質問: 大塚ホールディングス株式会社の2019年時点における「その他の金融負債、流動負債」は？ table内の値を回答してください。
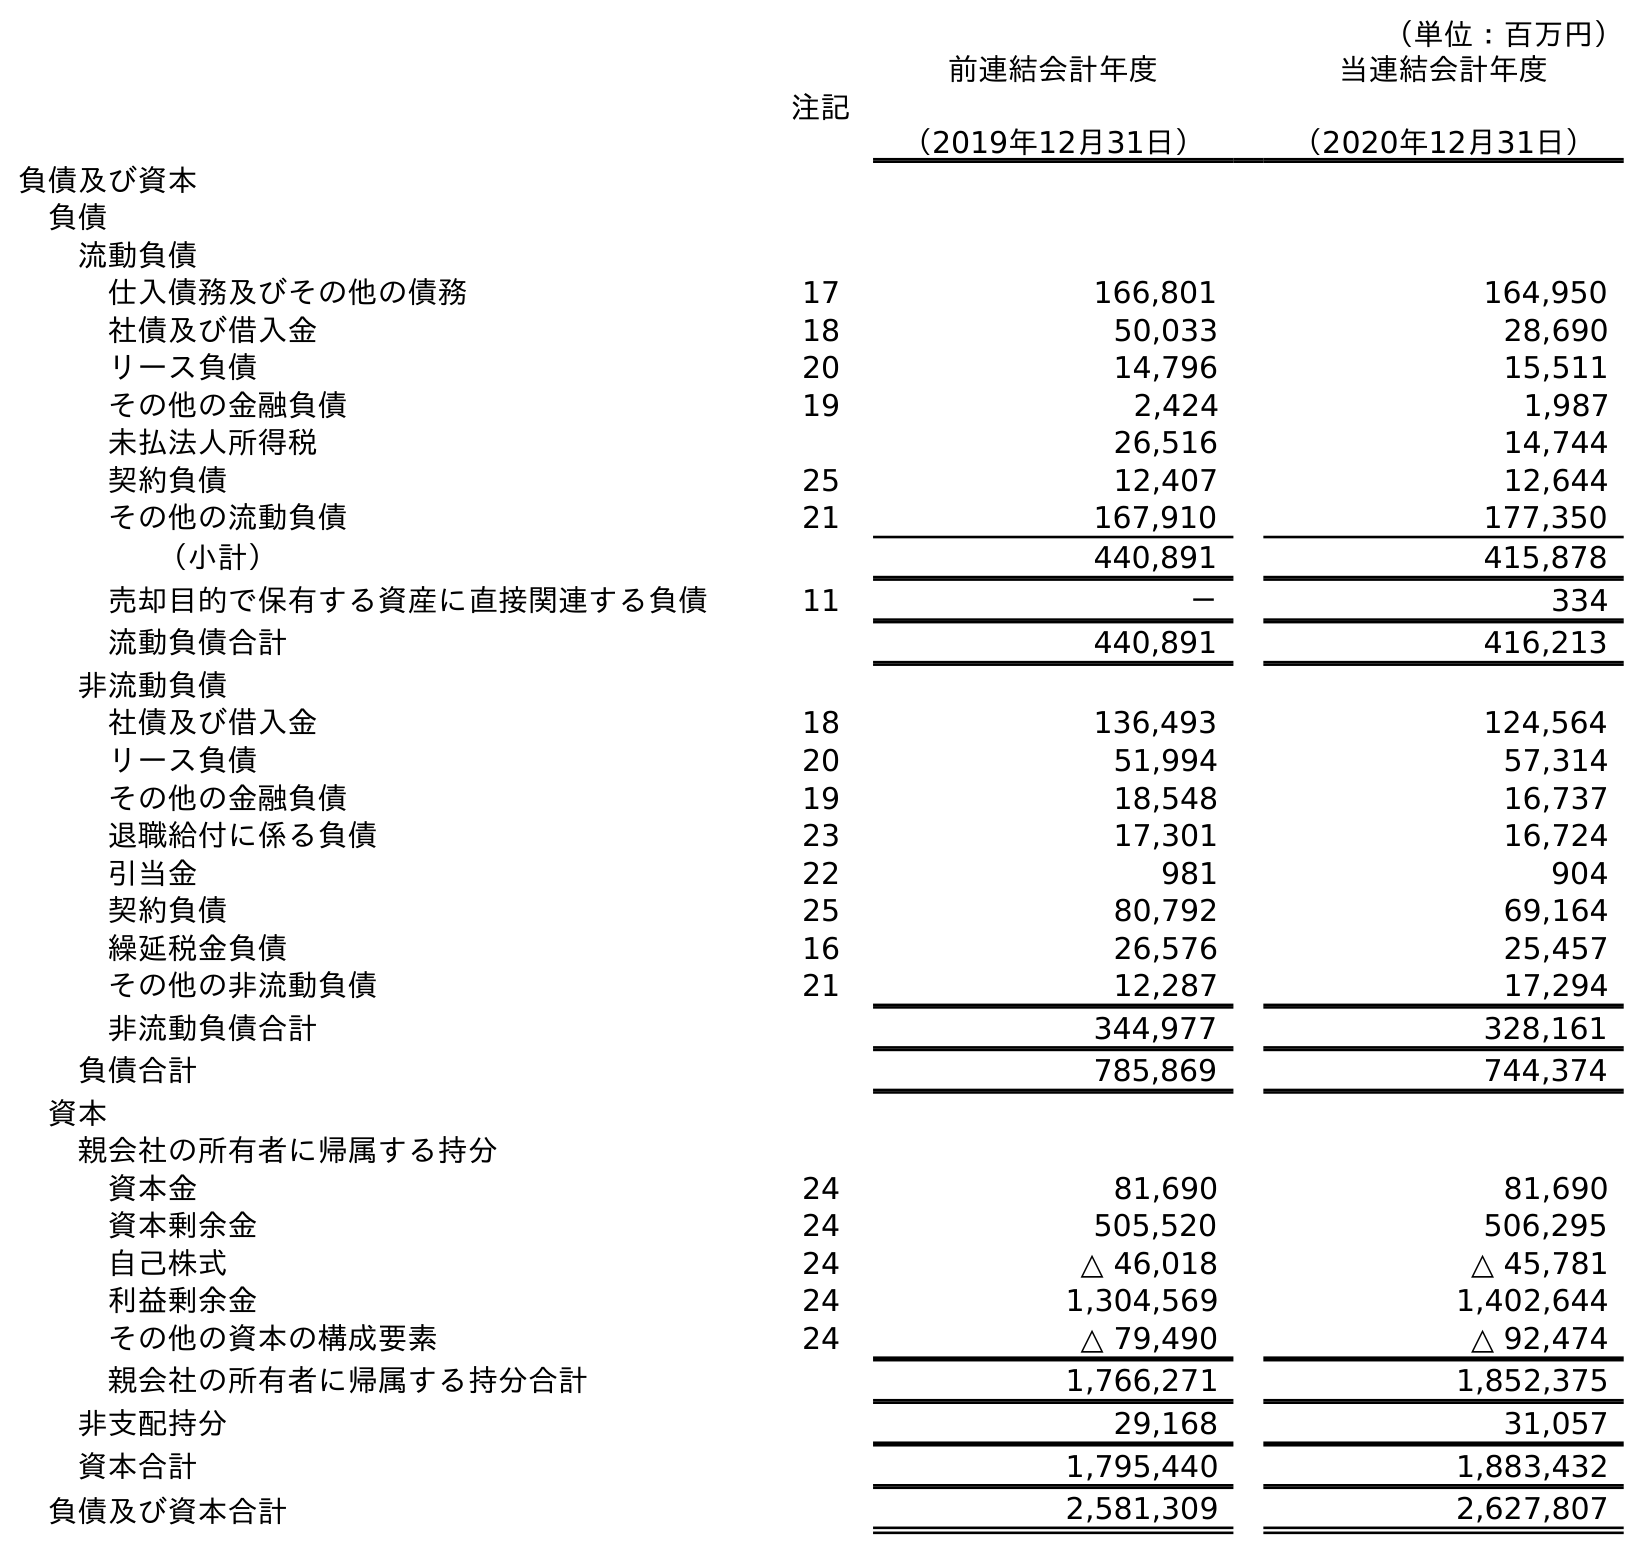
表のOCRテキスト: （単位：百万円） 注記 前連結会計年度 （2019年12月31日） 当連結会計年度 （2020年12月31日） 負債及び資本 負債 流動負債 仕入債務及びその他の債務 17 166,801 164,950 社債及び借入金 18 50,033 28,690 リース負債 20 14,796 15,511 その他の金融負債 19 2,424 1,987 未払法人所得税 26,516 14,744 契約負債 25 12,407 12,644 その他の流動負債 21 167,910 177,350 （小計） 440,891 415,878 売却目的で保有する資産に直接関連する負債 11 － 334 流動負債合計 440,891 416,213 非流動負債 社債及び借入金 18 136,493 124,564 リース負債 20 51,994 57,314 その他の金融負債 19 18,548 16,737 退職給付に係る負債 23 17,301 16,724 引当金 22 981 904 契約負債 25 80,792 69,164 繰延税金負債 16 26,576 25,457 その他の非流動負債 21 12,287 17,294 非流動負債合計 344,977 328,161 負債合計 785,869 744,374 資本 親会社の所有者に帰属する持分 資本金 24 81,690 81,690 資本剰余金 24 505,520 506,295 自己株式 24 △ 46,018 △ 45,781 利益剰余金 24 1,304,569 1,402,644 その他の資本の構成要素 24 △ 79,490 △ 92,474 親会社の所有者に帰属する持分合計 1,766,271 1,852,375 非支配持分 29,168 31,057 資本合計 1,795,440 1,883,432 負債及び資本合計 2,581,309 2,627,807
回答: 2,424